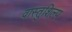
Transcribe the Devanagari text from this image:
वास्‍तुशिल्प